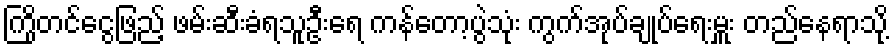
ကြိုတင်ငွေဖြည့် ဖမ်းဆီးခံရသူဦးရေ ကန်တော့ပွဲသုံး ကွက်အုပ်ချုပ်ရေးမှူး တည်နေရာသို့